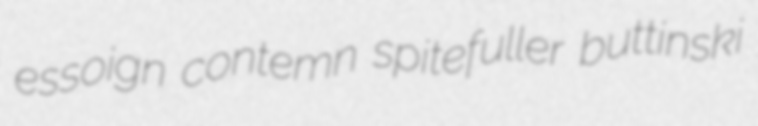
essoign contemn spitefuller buttinski